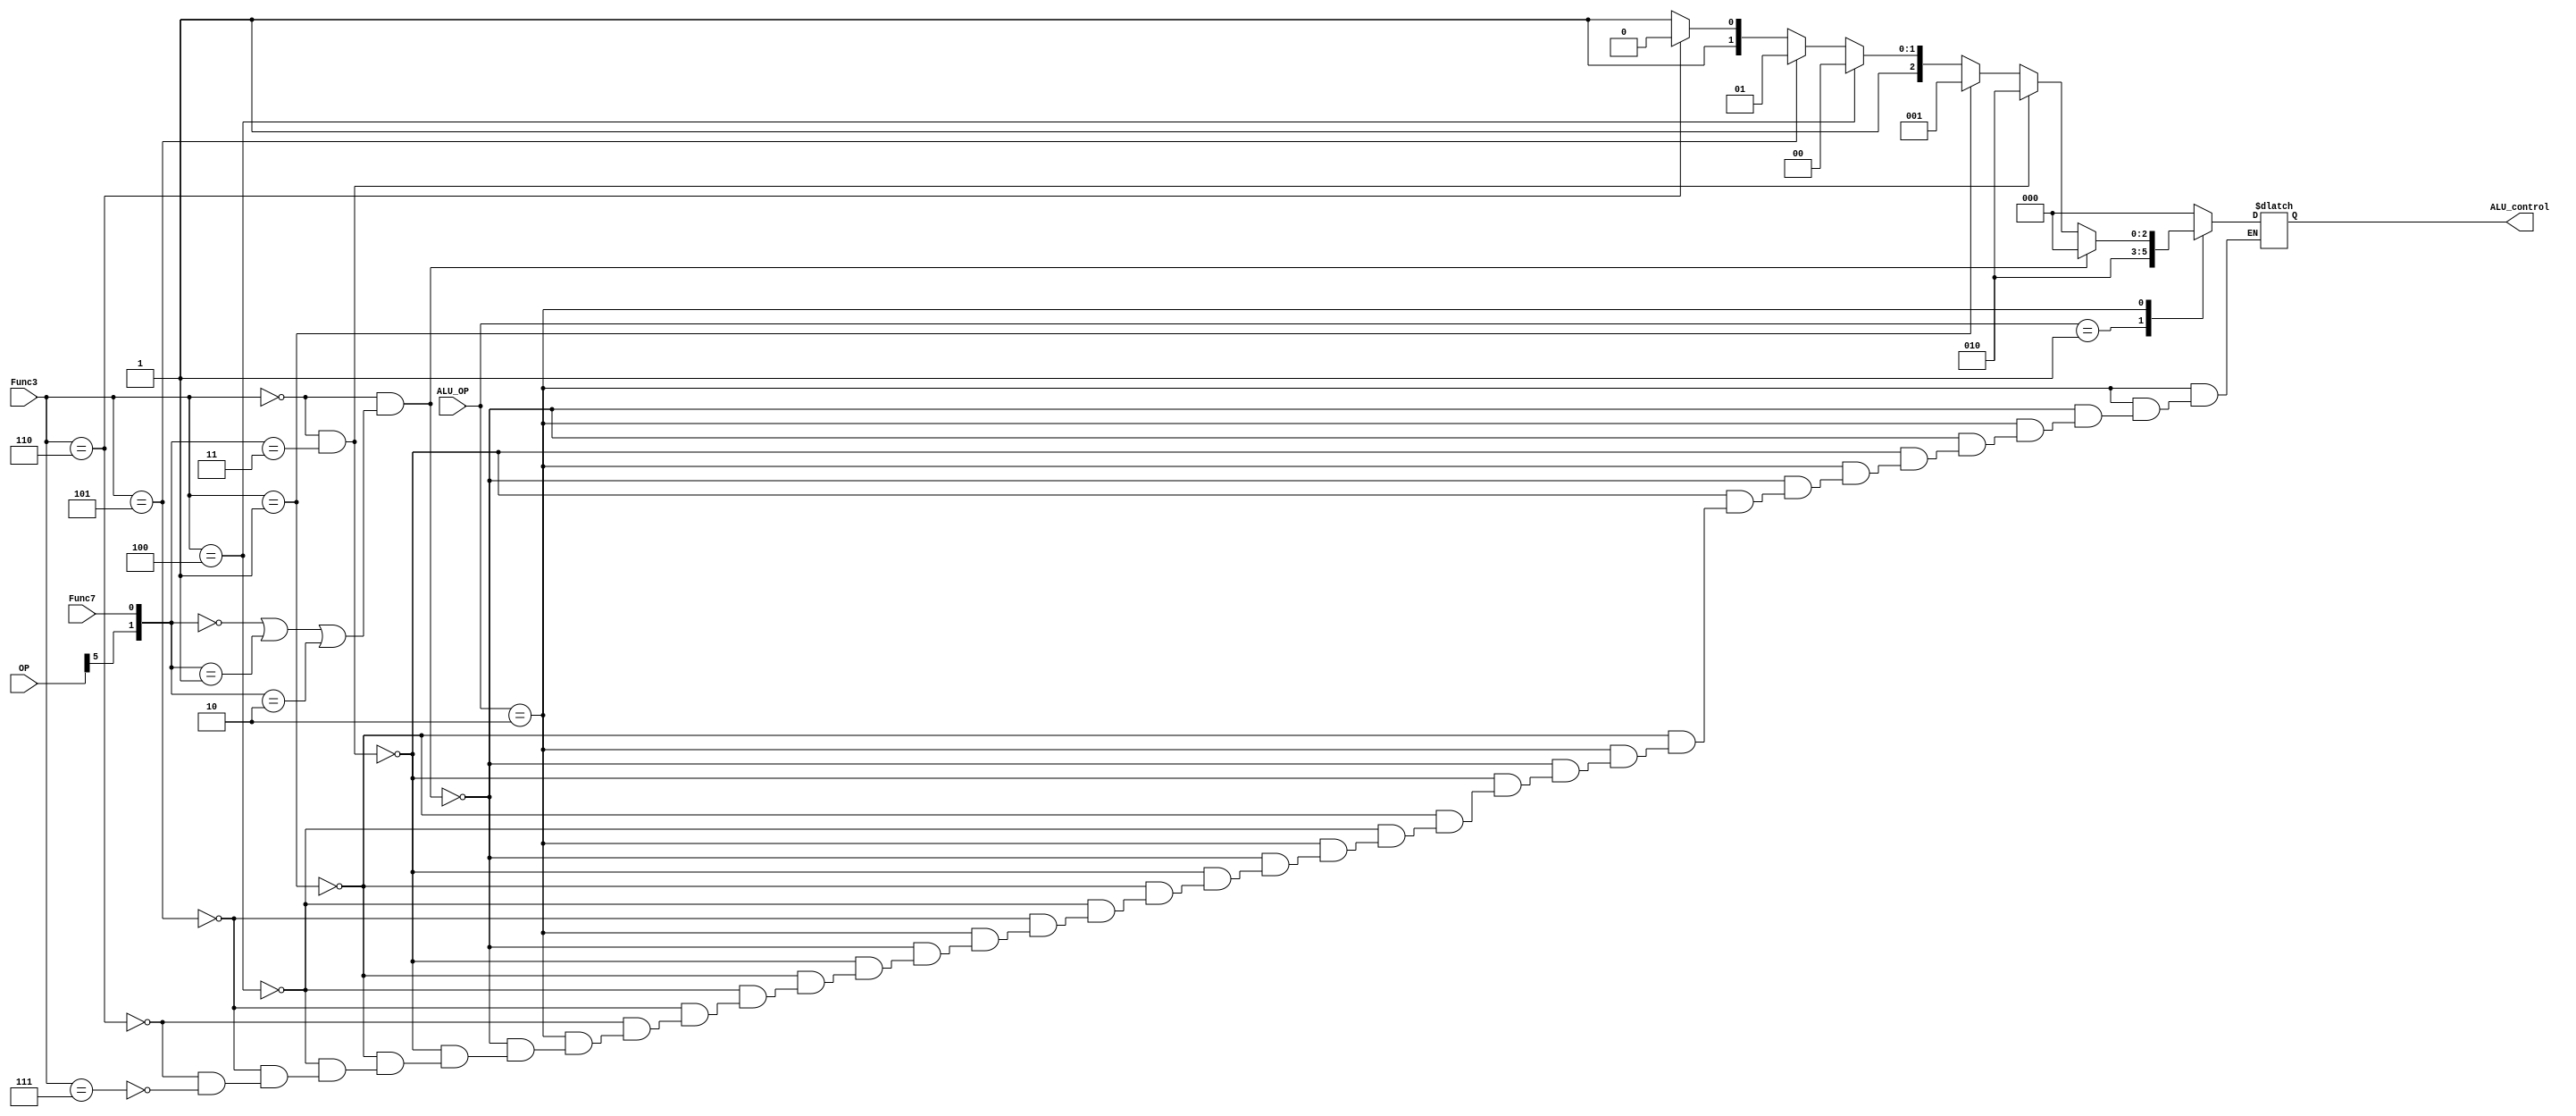
module ALU_DECODER_RISC_ARCH(
input [1:0]ALU_OP,
input [2:0]Func3,
input Func7,
input [6:0]OP,
output reg [2:0]ALU_control);

always @(*)
begin
case (ALU_OP)
            2'b00 : 
			ALU_control = 3'b000 ;
			2'b01 :
			ALU_control = 3'b010 ;
			2'b10 :
            if (Func3 == 3'b000 && ({OP[5],Func7} == 2'b00 || {OP[5],Func7} == 2'b01 || {OP[5],Func7} == 2'b10 ))		
						ALU_control = 3'b000 ;
			else if (Func3 == 3'b000 && {OP[5],Func7} == 2'b11)			
			            ALU_control = 3'b010 ;
		    else if (Func3 == 3'b001)
			            ALU_control = 3'b001;
			else if (Func3 == 3'b100)
                        ALU_control = 3'b100;
			else if (Func3 == 3'b101)
                        ALU_control = 3'b101;
			else if (Func3 == 3'b110)
                        ALU_control = 3'b110;	
			else if (Func3 == 3'b111)
                        ALU_control = 3'b111;			
            default : ALU_control = 3'b000 ;
endcase

end
endmodule